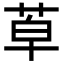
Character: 𦯑